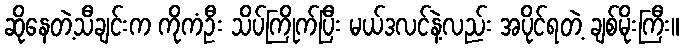
ဆိုနေတဲ့သီချင်းက ကိုကံဦး သိပ်ကြိုက်ပြီး မယ်ဒလင်နဲ့လည်း အပိုင်ရတဲ့ ချစ်မိုးကြီး။